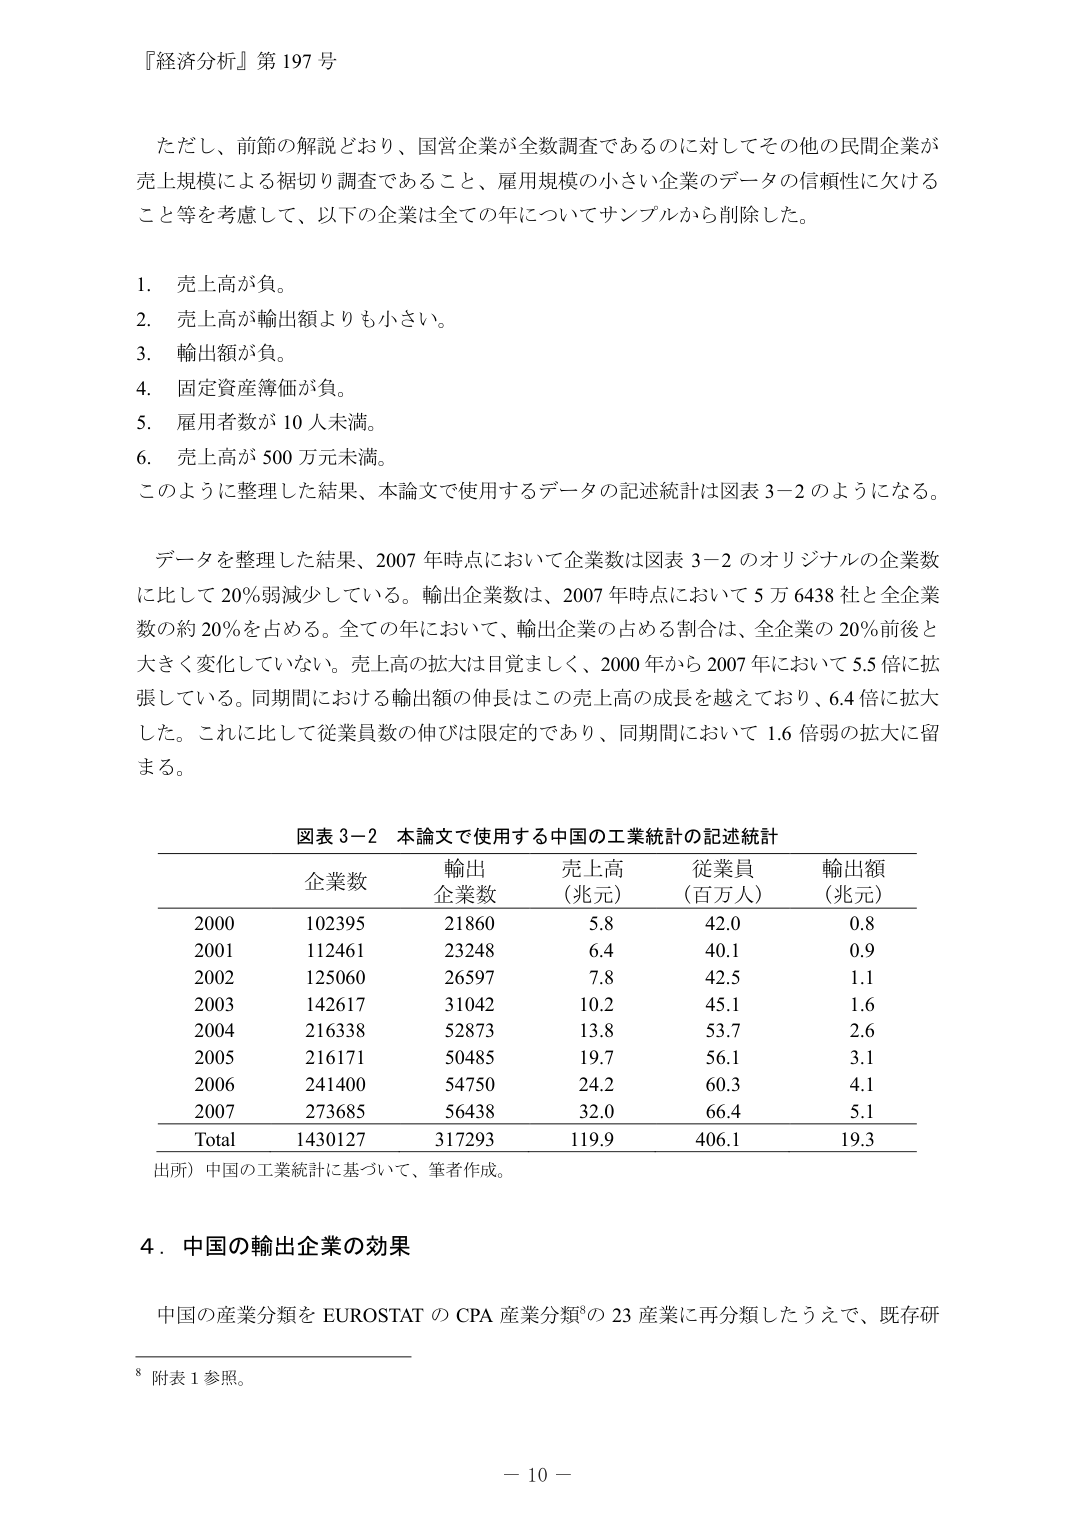
『経済分析』第 197 号

ただし、前節の解説どおり、国営企業が全数調査であるのに対してその他の民間企業が売上規模による裾切り調査であること、雇用規模の小さい企業のデータの信頼性に欠けること等を考慮して、以下の企業は全ての年についてサンプルから削除した。

1. 売上高が負。
2. 売上高が輸出額よりも小さい。
3. 輸出額が負。
4. 固定資産簿価が負。
5. 雇用者数が 10 人未満。
6. 売上高が 500 万元未満。

このように整理した結果、本論文で使用するデータの記述統計は図表 3-2 のようになる。

データを整理した結果、2007 年時点において企業数は図表 3-2 のオリジナルの企業数に比して 20%弱減少している。輸出企業数は、2007 年時点において 5 万 6438 社と全企業数の約 20%を占める。全ての年において、輸出企業の占める割合は、全企業の 20%前後と大きく変化していない。売上高の拡大は目覚ましく、2000 年から 2007 年において 5.5 倍に拡張している。同期間における輸出額の伸長はこの売上高の成長を越えており、6.4 倍に拡大した。これに比して従業員数の伸びは限定的であり、同期間において 1.6 倍弱の拡大に留まる。

図表 3-2 本論文で使用する中国の工業統計の記述統計

企業数　輸出企業数　売上高（兆元）　従業員（百万人）　輸出額（兆元）
2000　102395　21860　5.8　42.0　0.8
2001　112461　23248　6.4　40.1　0.9
2002　125060　26597　7.8　42.5　1.1
2003　142617　31042　10.2　45.1　1.6
2004　216338　52873　13.8　53.7　2.6
2005　216171　50485　19.7　56.1　3.1
2006　241400　54750　24.2　60.3　4.1
2007　273685　56438　32.0　66.4　5.1
Total　1430127　317293　119.9　406.1　19.3

出所）中国の工業統計に基づいて、筆者作成。

4．中国の輸出企業の効果

中国の産業分類を EUROSTAT の CPA 産業分類⁸の 23 産業に再分類したうえで、既存研

⁸ 附表 1 参照。

－ 10 －